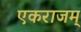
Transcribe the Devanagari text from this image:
एकराजम्